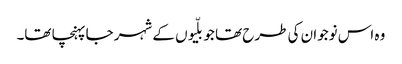
وہ اس نوجوان کی طرح تھا جو بلّیوں کے شہر جا پہنچا تھا۔